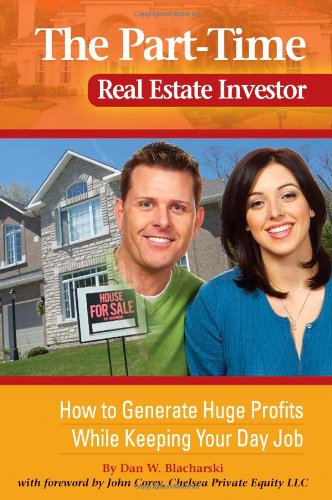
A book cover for The Part-Time Real Estate Investor: How to Generate Huge Profits While Keeping Your Day Job; Dan W Blacharski; Business & Money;